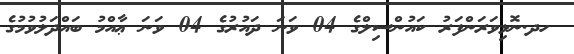
ހދ.ނޮޅިވަރަންފަރު ކައުންސިލްގެ 04 ވަނަ ދައުރުގެ 04 ވަނަ ޢާއްމު ބައްދަލުވުމުގެ